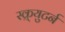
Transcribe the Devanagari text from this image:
स्क्र्युटर्न